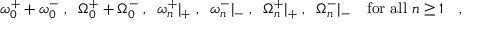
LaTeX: \omega _ { 0 } ^ { + } + \omega _ { 0 } ^ { - } \; , \; \; \Omega _ { 0 } ^ { + } + \Omega _ { 0 } ^ { - } \; , \; \; \omega _ { n } ^ { + } | _ { + } \; , \; \; \omega _ { n } ^ { - } | _ { - } \; , \; \; \Omega _ { n } ^ { + } | _ { + } \; , \; \; \Omega _ { n } ^ { - } | _ { - } \quad \mathrm { f o r ~ a l l ~ } n \geq 1 \quad ,